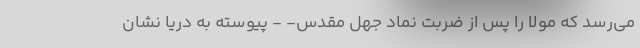
می‌رسد که مولا را پس از ضربت نماد جهل مقدس- - پیوسته به دریا نشان